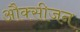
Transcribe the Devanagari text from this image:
औक्सीजन